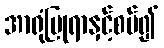
အာရုံပြုရာနှင့်စပ်၍